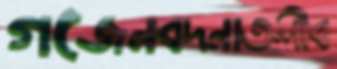
গজেনবদনাতলীব